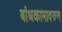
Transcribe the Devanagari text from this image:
बांधकामावरुन